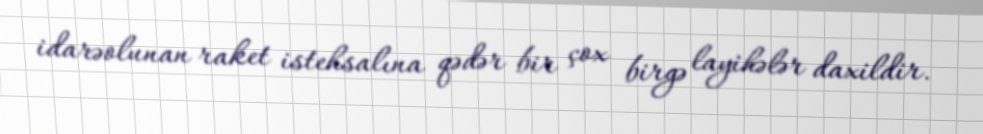
idarəolunan raket istehsalına qədər bir çox birgə layihələr daxildir.